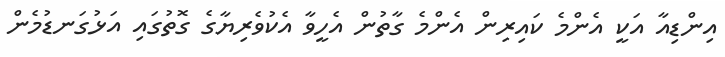
އިންޑިއާ އަކީ އެންމެ ކައިރިން އެންމެ ގާތުން އެހީވާ އެކުވެރިޔާގެ ގޮތުގައި އަޅުގަނޑުމެން